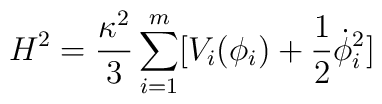
H^2=\frac{\kappa ^2}{3}\sum_{i=1}^{m}[V_i(\phi_i)+\frac{1}{2}\dot{\phi}_i^2]